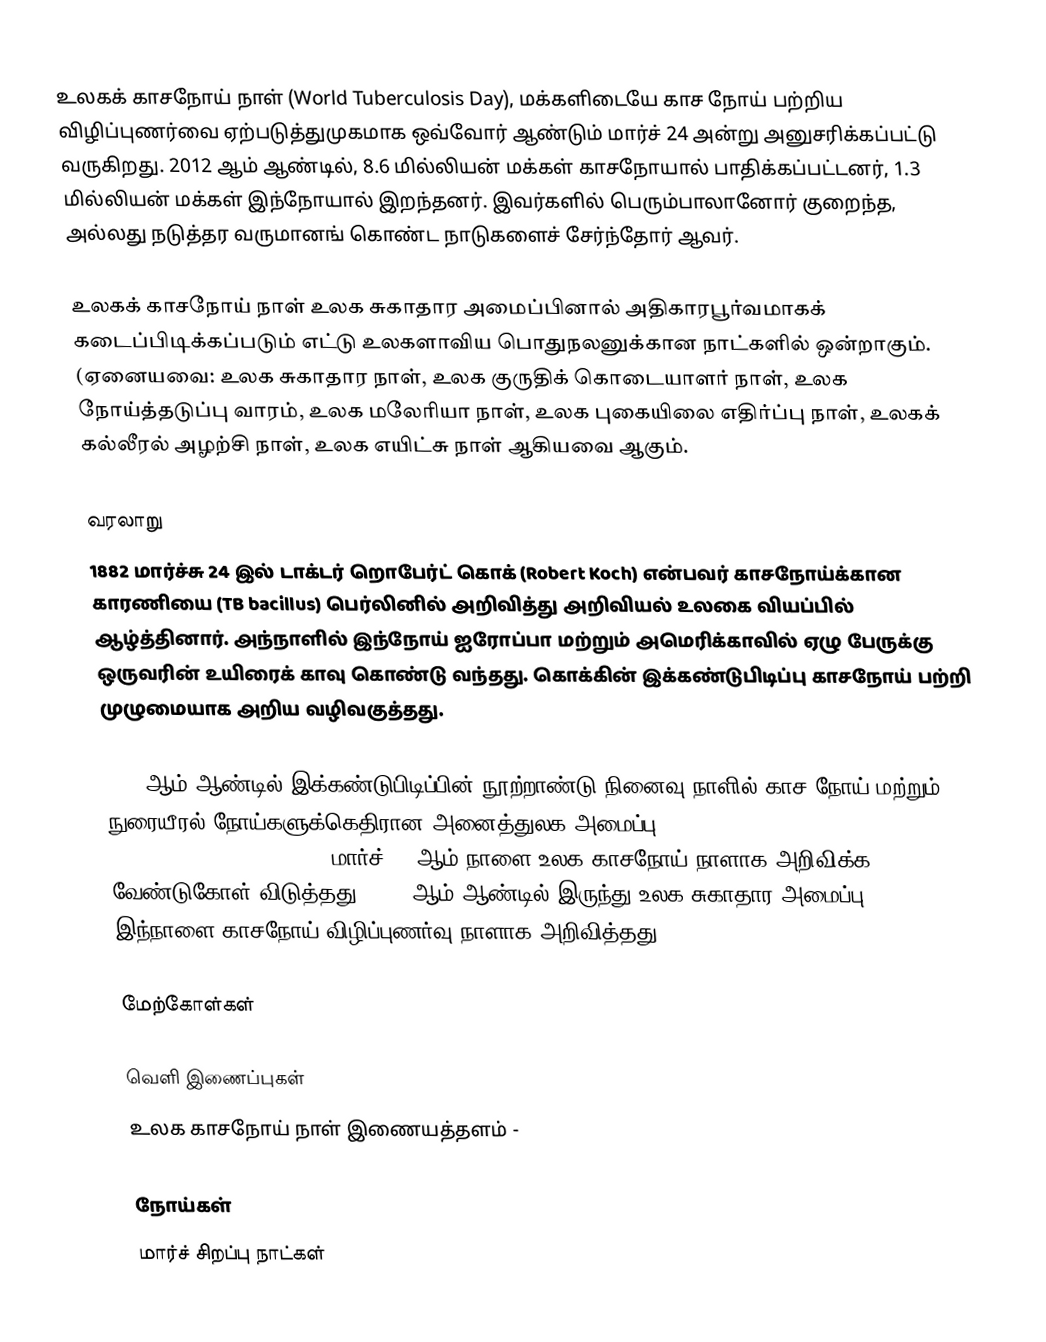
உலகக் காசநோய் நாள் (World Tuberculosis Day), மக்களிடையே காச நோய் பற்றிய விழிப்புணர்வை ஏற்படுத்துமுகமாக ஒவ்வோர் ஆண்டும் மார்ச் 24 அன்று அனுசரிக்கப்பட்டு வருகிறது. 2012 ஆம் ஆண்டில், 8.6 மில்லியன் மக்கள் காசநோயால் பாதிக்கப்பட்டனர், 1.3 மில்லியன் மக்கள் இந்நோயால் இறந்தனர். இவர்களில் பெரும்பாலானோர் குறைந்த, அல்லது நடுத்தர வருமானங் கொண்ட நாடுகளைச் சேர்ந்தோர் ஆவர்.

உலகக் காசநோய் நாள் உலக சுகாதார அமைப்பினால் அதிகாரபூர்வமாகக் கடைப்பிடிக்கப்படும் எட்டு உலகளாவிய பொதுநலனுக்கான நாட்களில் ஒன்றாகும். (ஏனையவை: உலக சுகாதார நாள், உலக குருதிக் கொடையாளர் நாள், உலக நோய்த்தடுப்பு வாரம், உலக மலேரியா நாள், உலக புகையிலை எதிர்ப்பு நாள், உலகக் கல்லீரல் அழற்சி நாள், உலக எயிட்சு நாள் ஆகியவை ஆகும்.

வரலாறு
1882 மார்ச்சு 24 இல் டாக்டர் றொபேர்ட் கொக் (Robert Koch) என்பவர் காசநோய்க்கான காரணியை (TB bacillus) பெர்லினில் அறிவித்து அறிவியல் உலகை வியப்பில் ஆழ்த்தினார். அந்நாளில் இந்நோய் ஐரோப்பா மற்றும் அமெரிக்காவில் ஏழு பேருக்கு ஒருவரின் உயிரைக் காவு கொண்டு வந்தது. கொக்கின் இக்கண்டுபிடிப்பு காசநோய் பற்றி முழுமையாக அறிய வழிவகுத்தது.

1982 ஆம் ஆண்டில் இக்கண்டுபிடிப்பின் நூற்றாண்டு நினைவு நாளில் காச நோய் மற்றும் நுரையீரல் நோய்களுக்கெதிரான அனைத்துலக அமைப்பு (International Union Against Tuberculosis and Lung Disease - IUATLD) மார்ச் 24 ஆம் நாளை உலக காசநோய் நாளாக அறிவிக்க வேண்டுகோள் விடுத்தது. 1996 ஆம் ஆண்டில் இருந்து உலக சுகாதார அமைப்பு (WHO) இந்நாளை காசநோய் விழிப்புணர்வு நாளாக அறிவித்தது.

மேற்கோள்கள்

வெளி இணைப்புகள்
 உலக காசநோய் நாள் இணையத்தளம் -

நோய்கள்
மார்ச் சிறப்பு நாட்கள்